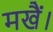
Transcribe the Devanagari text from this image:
मखैं।